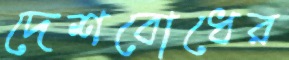
দেশবোধের